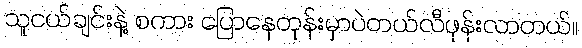
သူငယ်ချင်းနဲ့ စကား ပြောနေတုန်းမှာပဲတယ်လီဖုန်းလာတယ်။